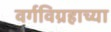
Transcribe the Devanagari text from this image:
वर्गविग्रहाच्या